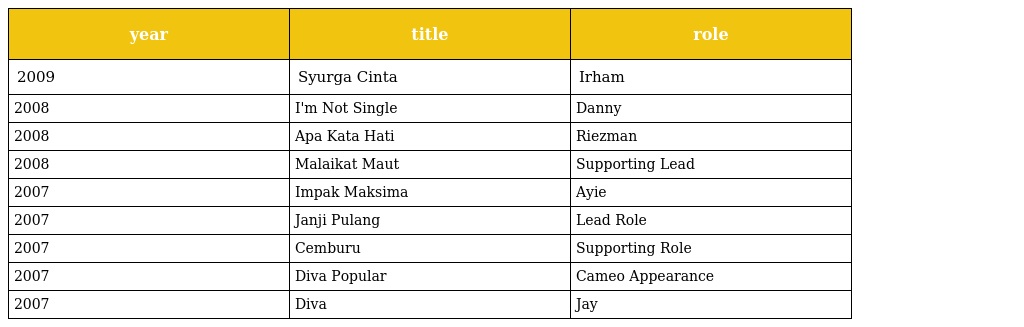
| year | title | role |
 | --- | --- | --- |
 | 2009 | Syurga Cinta | Irham |
 | 2008 | I'm Not Single | Danny |
 | 2008 | Apa Kata Hati | Riezman |
 | 2008 | Malaikat Maut | Supporting Lead |
 | 2007 | Impak Maksima | Ayie |
 | 2007 | Janji Pulang | Lead Role |
 | 2007 | Cemburu | Supporting Role |
 | 2007 | Diva Popular | Cameo Appearance |
 | 2007 | Diva | Jay |